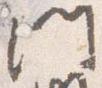
門